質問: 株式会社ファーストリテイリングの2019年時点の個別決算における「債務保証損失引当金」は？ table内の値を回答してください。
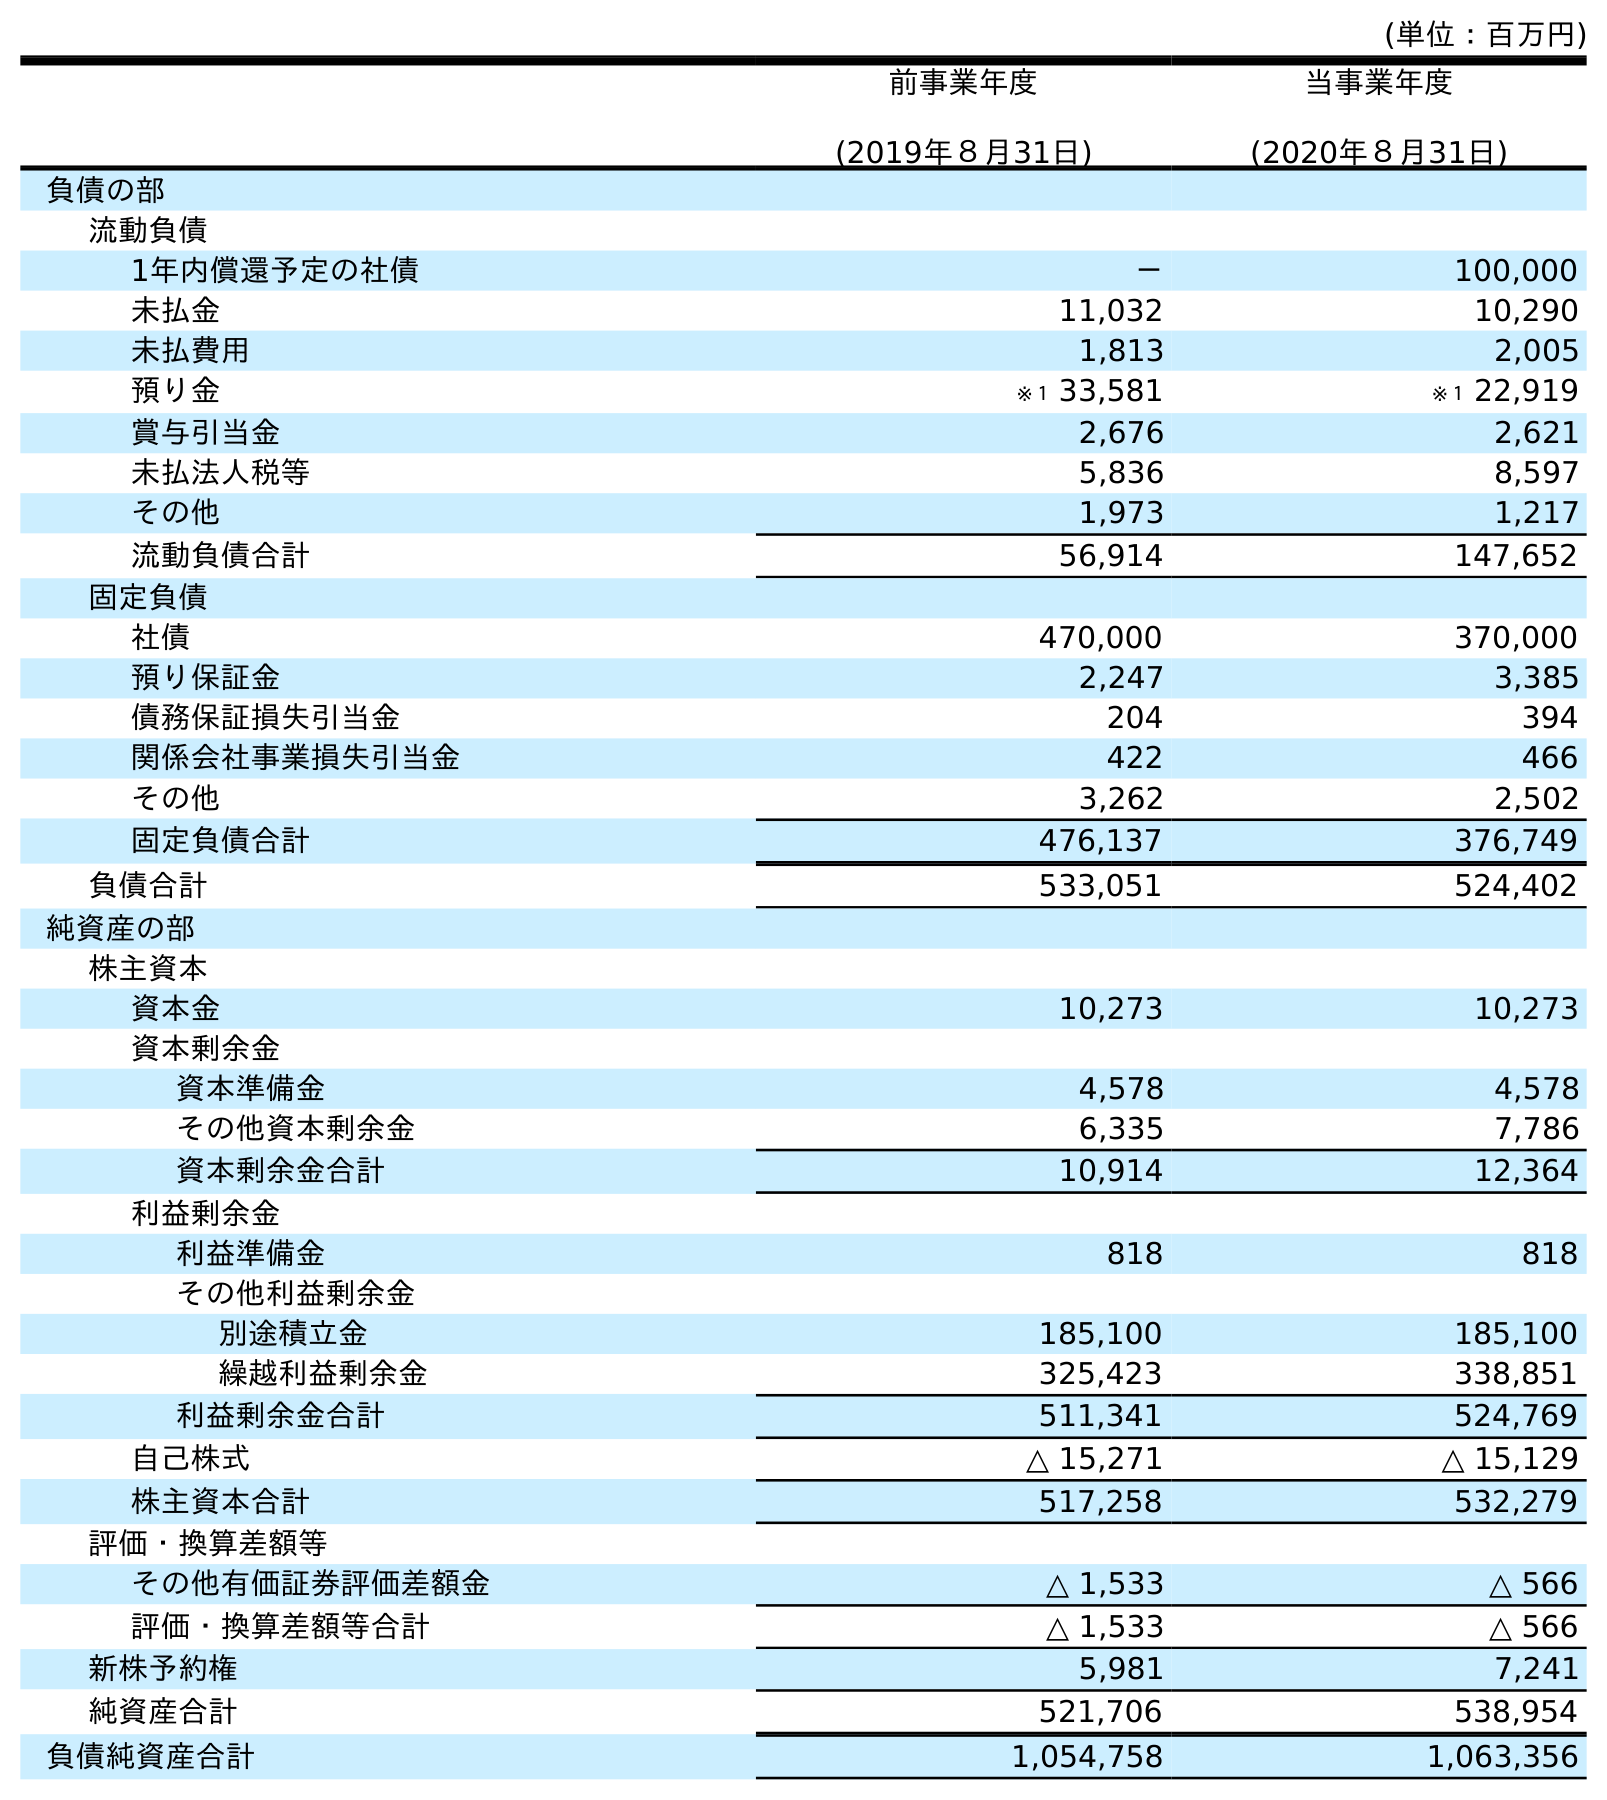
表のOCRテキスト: (単位：百万円) 前事業年度 (2019年８月31日) 当事業年度 (2020年８月31日) 負債の部 流動負債 1年内償還予定の社債 － 100,000 未払金 11,032 10,290 未払費用 1,813 2,005 預り金 ※１ 33,581 ※１ 22,919 賞与引当金 2,676 2,621 未払法人税等 5,836 8,597 その他 1,973 1,217 流動負債合計 56,914 147,652 固定負債 社債 470,000 370,000 預り保証金 2,247 3,385 債務保証損失引当金 204 394 関係会社事業損失引当金 422 466 その他 3,262 2,502 固定負債合計 476,137 376,749 負債合計 533,051 524,402 純資産の部 株主資本 資本金 10,273 10,273 資本剰余金 資本準備金 4,578 4,578 その他資本剰余金 6,335 7,786 資本剰余金合計 10,914 12,364 利益剰余金 利益準備金 818 818 その他利益剰余金 別途積立金 185,100 185,100 繰越利益剰余金 325,423 338,851 利益剰余金合計 511,341 524,769 自己株式 △ 15,271 △ 15,129 株主資本合計 517,258 532,279 評価・換算差額等 その他有価証券評価差額金 △ 1,533 △ 566 評価・換算差額等合計 △ 1,533 △ 566 新株予約権 5,981 7,241 純資産合計 521,706 538,954 負債純資産合計 1,054,758 1,063,356
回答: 204